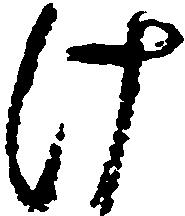
け